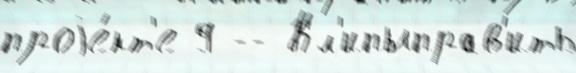
проjе́кт'е 9 -- Кл'ипыправ'ить